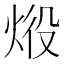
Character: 𤈧